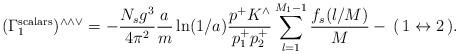
LaTeX: \begin{align*}(\Gamma_1^{\rm scalars})^{\wedge \wedge \vee}=-\frac{N_s g^3}{4\pi^2}\frac{a}{m} \ln(1/a) \frac{p^+K^\wedge}{p^+_1p^+_2}\sum_{l=1}^{M_1-1}\frac{f_s(l/M)}{M}-\,(\,1 \leftrightarrow 2\,).\end{align*}